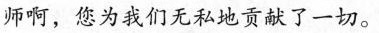
师啊，您为我们无私地贡献了一切。